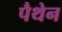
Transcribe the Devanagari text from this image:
पैथेन